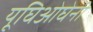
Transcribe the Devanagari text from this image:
यूघिओघेनी